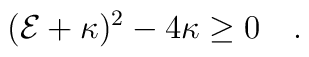
({\cal E}+\kappa)^2-4\kappa \geq 0\quad .